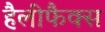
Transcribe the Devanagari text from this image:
हैलीफैक्स